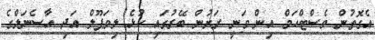
އެގޮތުން ވެސްޓްހަމް އިން ވަނީ ރަށުން ބޭރުގައި ކުޅެ ލިވަޕޫލް އަދި އާސެނަލްގެ